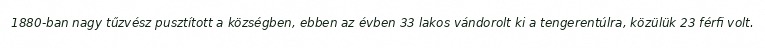
1880-ban nagy tűzvész pusztított a községben, ebben az évben 33 lakos vándorolt ki a tengerentúlra, közülük 23 férfi volt.